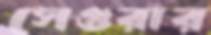
সেগুরার